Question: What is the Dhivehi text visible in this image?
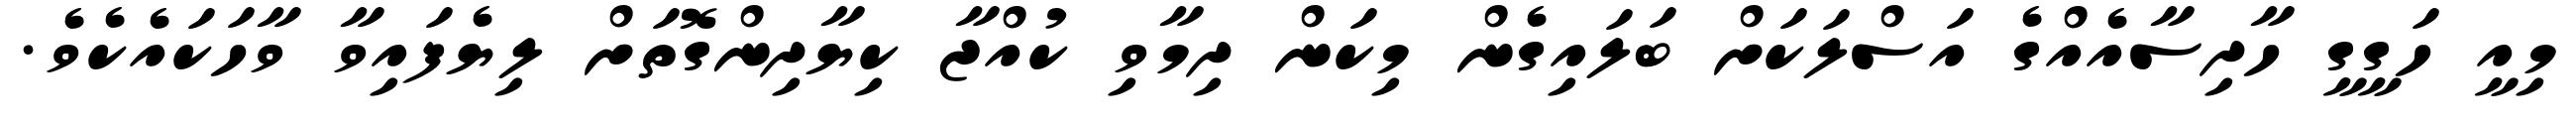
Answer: މިއީ ހަގީގީ ހާދިސާއެއްގެ އަސްލަކަށް ބަލައިގެން މިކަން ދިމާވި ކުއްޖާ ކިޔާދިންގޮތަށް ލިޔެފައިވާ ވާހަކައެކެވެ.